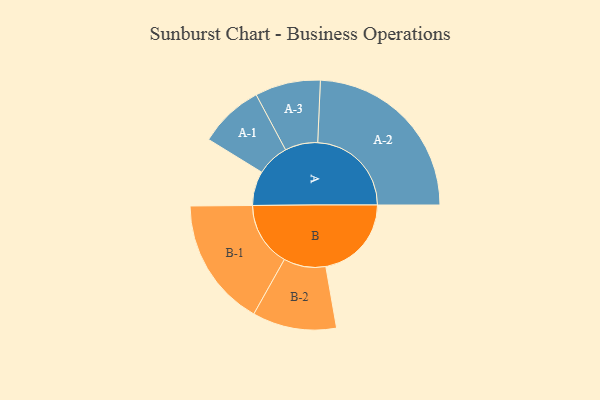
{"axis": {"x": "Segment", "y": "Value"}, "legend": ["", "A", "B"], "data": [{"x": "A", "y": 107, "type": ""}, {"x": "B", "y": 267, "type": ""}, {"x": "A-1", "y": 101, "type": "A"}, {"x": "A-2", "y": 292, "type": "A"}, {"x": "A-3", "y": 102, "type": "A"}, {"x": "B-1", "y": 201, "type": "B"}, {"x": "B-2", "y": 131, "type": "B"}]}